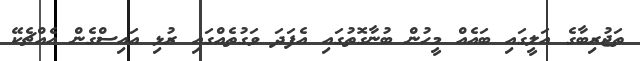
ތަޖުރިބާގެ އަލީގައި ބައެއް މީހުން ބުނާގޮތުގައި އެފަދަ ވަގުތެއްގައި ރުޅި އައިސްގެން އެއްޗެކޭ